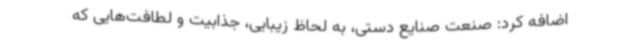
اضافه کرد: صنعت صنایع دستی، به لحاظ زیبایی، جذابیت و لطافت‌هایی که